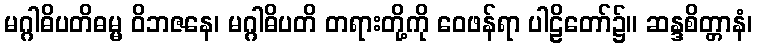
မဂ္ဂါဓိပတိဓမ္မ ဝိဘဇနေ၊ မဂ္ဂါဓိပတိ တရားတို့ကို ဝေဖန်ရာ ပါဠိတော်၌။ ဆန္ဒစိတ္တာနံ၊